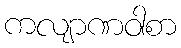
ကလျာဏဝါစာ